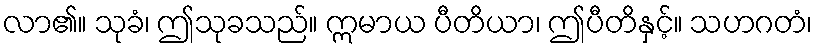
လာ၏။ သုခံ၊ ဤသုခသည်။ ဣမာယ ပီတိယာ၊ ဤပီတိနှင့်။ သဟဂတံ၊